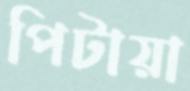
পিটায়া